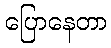
ပြောနေတာ